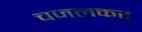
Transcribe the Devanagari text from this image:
चजलकर